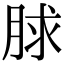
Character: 脙